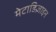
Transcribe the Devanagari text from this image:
मेटाडिज़ाइन